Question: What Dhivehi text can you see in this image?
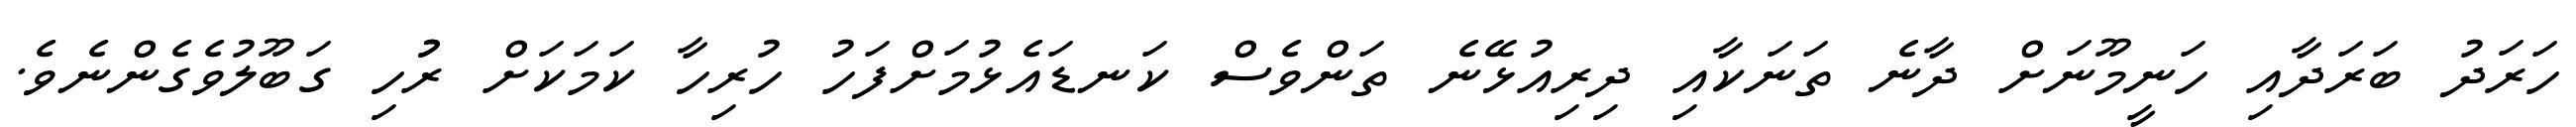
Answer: ހަރަދު ބަރަދާއި ހަނީމޫނަށް ދާނެ ތަނަކާއި ދިރިއުޅޭނެ ތަންވެސް ކަނޑައެޅުމަށްފަހު ހުރިހާ ކަމަކަށް ރުުހި ގަބޫލުވެގެންނެވެ.